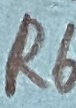
Text: R6